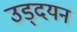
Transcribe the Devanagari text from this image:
उड्दयन